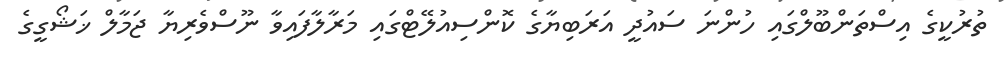
ތުރުކީގެ އިސްތަންބޫލްގައި ހުންނަ ސައުދީ އަރަބިޔާގެ ކޮންސިއުލޭޓްގައި މަރާލާފައިވާ ނޫސްވެރިޔާ ޖަމާލް ޚަޝޯގީގެ